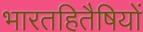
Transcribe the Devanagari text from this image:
भारतहितैषियों